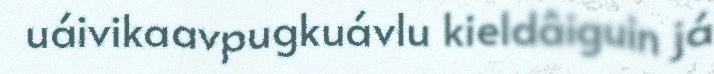
uáivikaavpugkuávlu kieldâiguin já